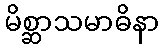
မိစ္ဆာသမာဓိနာ